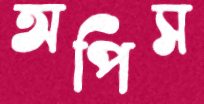
অপিস